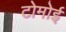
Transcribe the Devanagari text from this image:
टोमोई